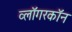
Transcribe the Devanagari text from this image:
व्लॉगरकॉन